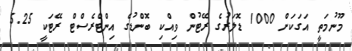
މޫނުމަތީ އަގަކަށް 1000 ޑޮލަރުގެ ރޭޓުން ވިއްކި ބޮންޑުގެ އިންޓްރެސްޓް ރޭޓަކީ 5.25